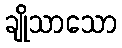
ချိုသာသော